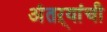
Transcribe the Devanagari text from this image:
अंतऱ्यांची